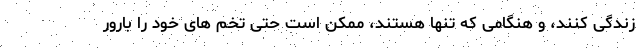
زندگی کنند، و هنگامی که تنها هستند، ممکن است حتی تخم های خود را بارور